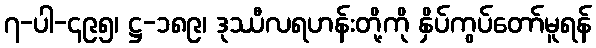
၇-ပါ-၄၉၅၊ ဋ္ဌ-၁၈၉၊ ဒုဿီလရဟန်းတို့ကို နှိပ်ကွပ်တော်မူရန်